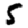
Digit: 5